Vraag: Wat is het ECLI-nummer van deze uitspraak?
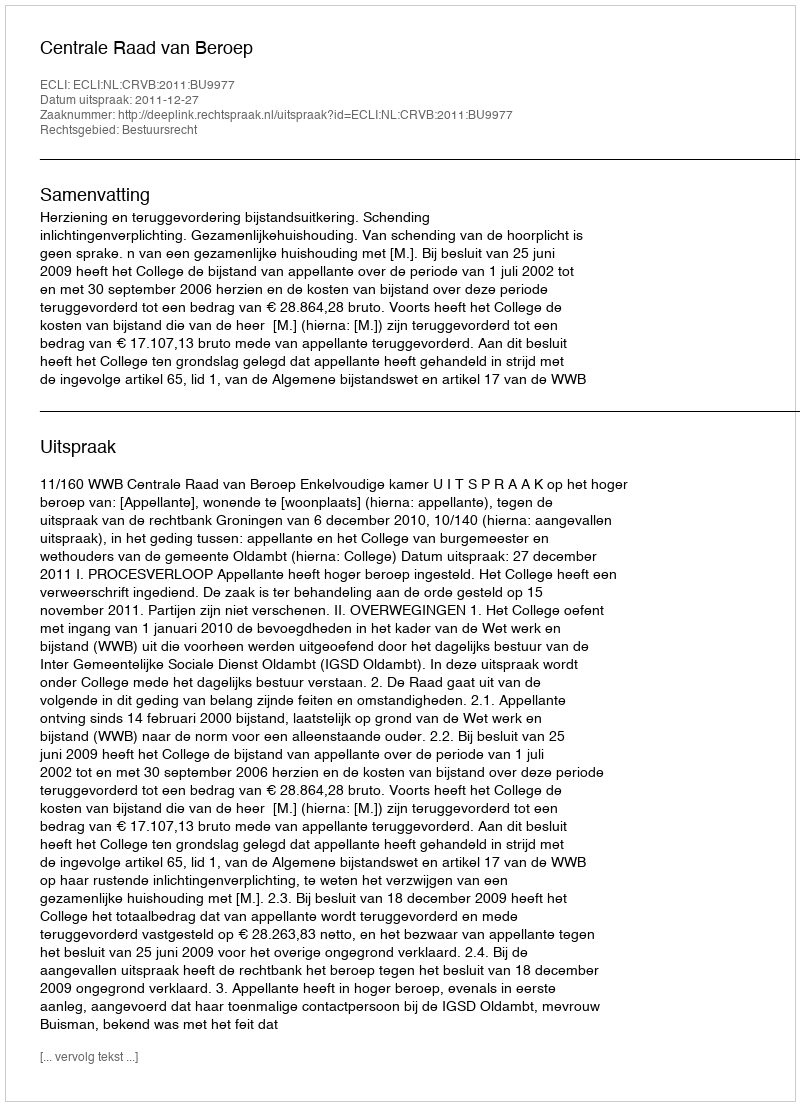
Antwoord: ECLI:NL:CRVB:2011:BU9977